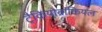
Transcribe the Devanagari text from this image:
ट्रैकियोब्रांकियल